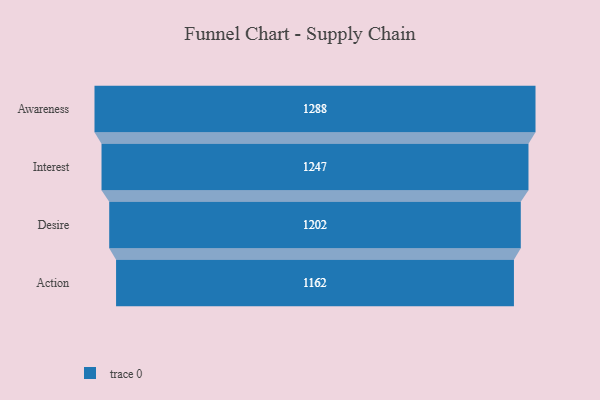
{"axis": {"x": "Stage", "y": "Value"}, "legend": [""], "data": [{"x": "Awareness", "y": 1288.0, "type": ""}, {"x": "Interest", "y": 1247.0, "type": ""}, {"x": "Desire", "y": 1202.0, "type": ""}, {"x": "Action", "y": 1162.0, "type": ""}]}